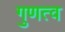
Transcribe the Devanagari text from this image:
गुणत्व